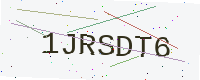
Text: 1JRSDT6